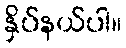
နှိပ်နယ်ပါ။